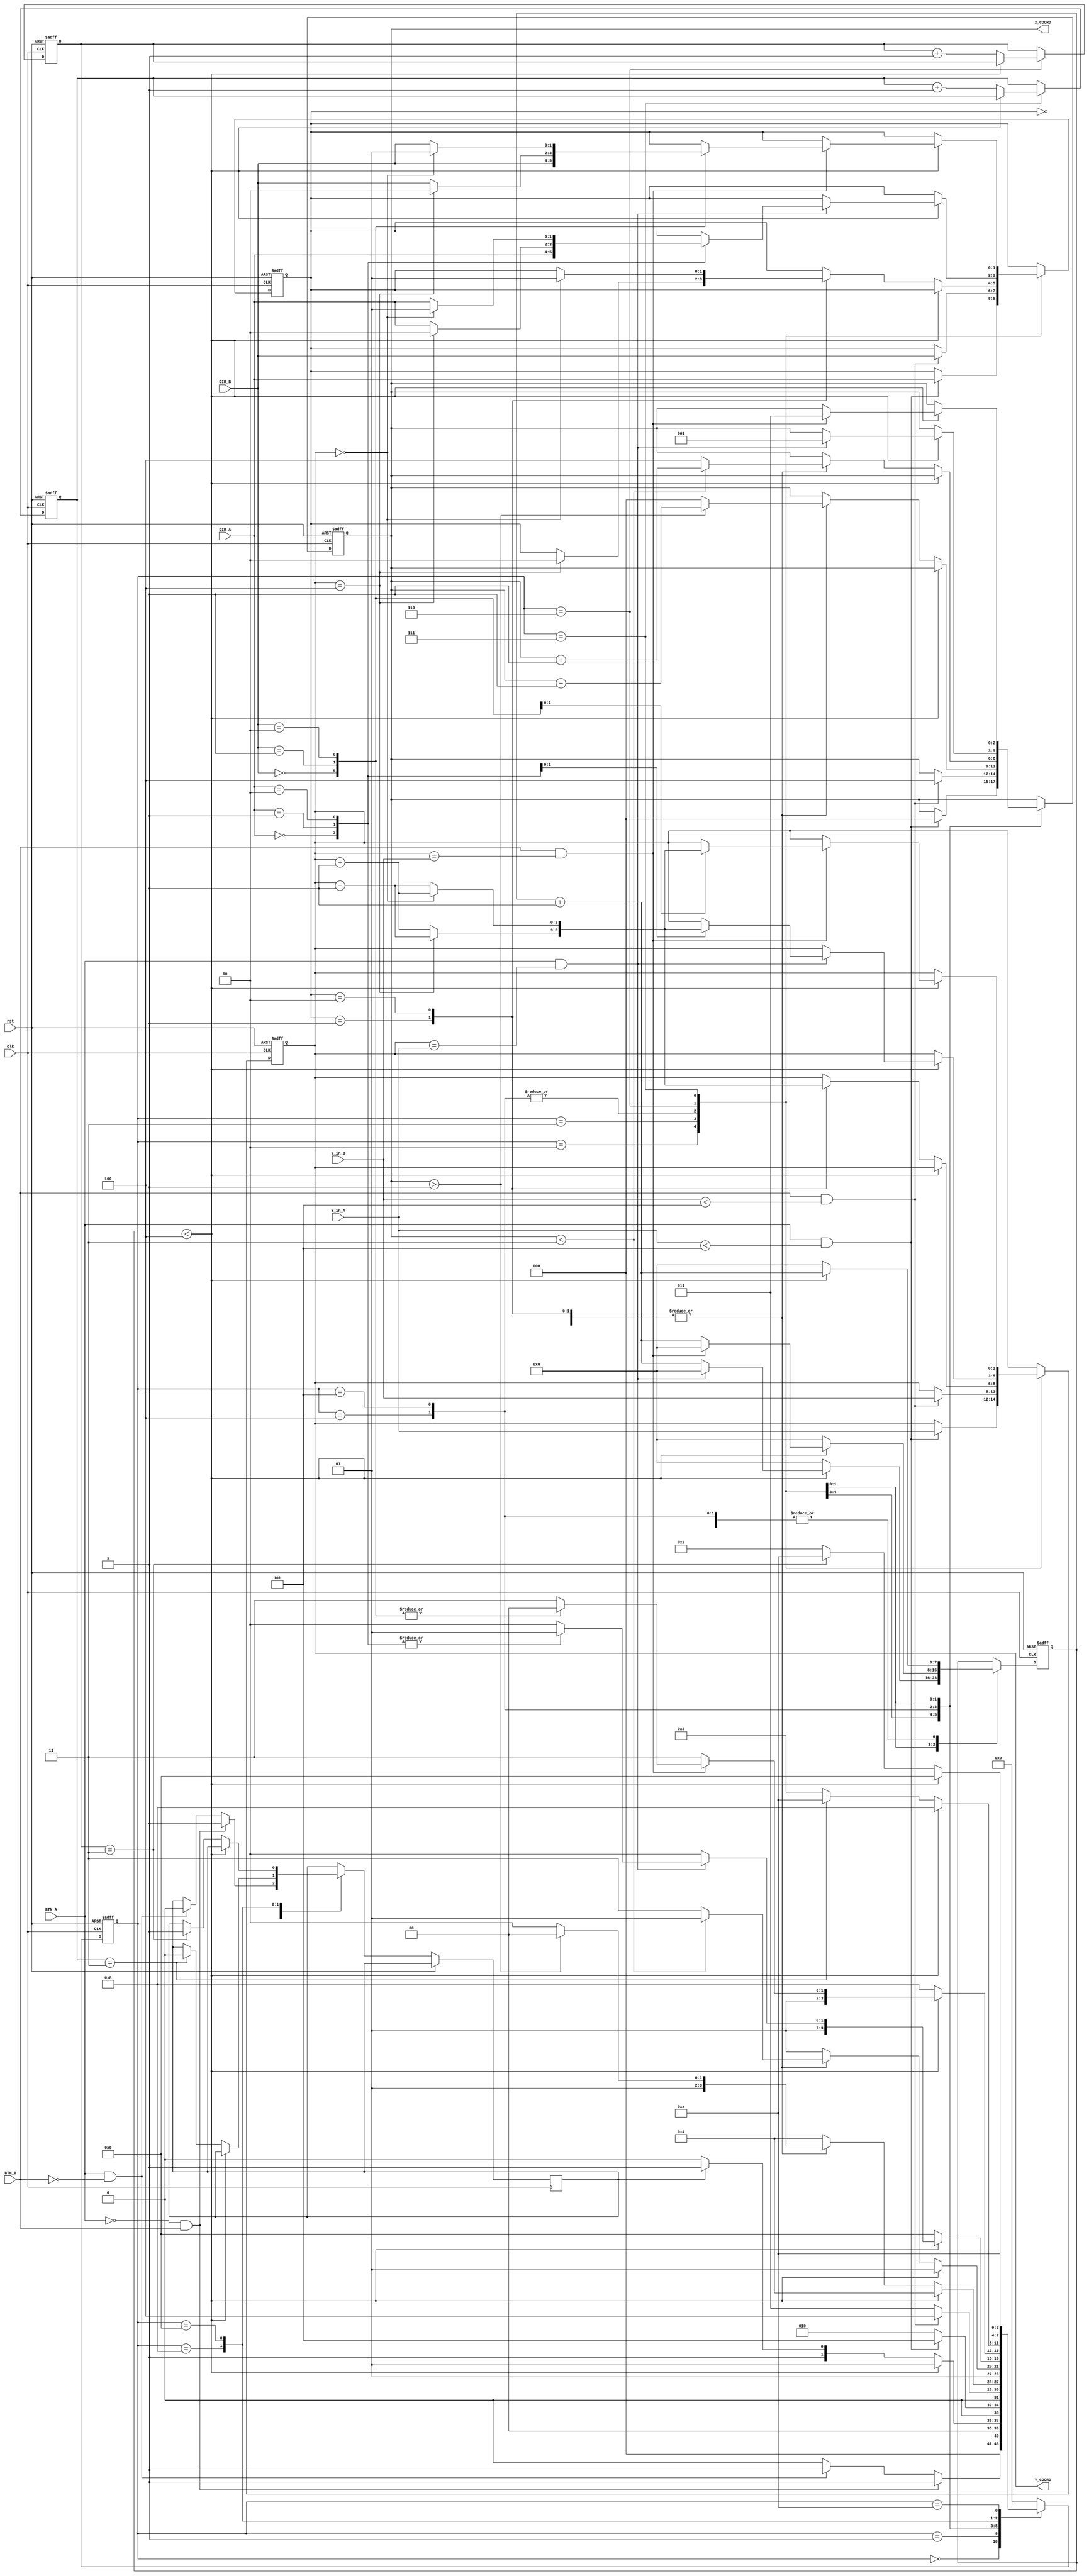
module hockey(

input clk,
input rst,

input BTN_A,
input BTN_B,

input [1:0] DIR_A,
input [1:0] DIR_B,

input [2:0] Y_in_A,
input [2:0] Y_in_B,

/*output reg LEDA,
output reg LEDB,
output reg [4:0] LEDX,

output reg [6:0] SSD7,
output reg [6:0] SSD6,
output reg [6:0] SSD5,
output reg [6:0] SSD4, 
output reg [6:0] SSD3,
output reg [6:0] SSD2,
output reg [6:0] SSD1,
output reg [6:0] SSD0   */

output reg [2:0] X_COORD,
output reg [2:0] Y_COORD


);

reg turn;
reg [7:0] timer;
reg [1:0] dirY;
reg [2:0] scoreA;
reg [2:0] scoreB;

reg [3:0] cState;

parameter [3:0] IDLE = 4'b0000;
parameter [3:0] DISP = 4'b0001;
parameter [3:0] HIT_A = 4'b0010;
parameter [3:0] HIT_B = 4'b0011;
parameter [3:0] SEND_A = 4'b0100;
parameter [3:0] SEND_B = 4'b0101;
parameter [3:0] RESP_A = 4'b0110;
parameter [3:0] RESP_B = 4'b0111;
parameter [3:0] GOAL_A = 4'b1000;
parameter [3:0] GOAL_B = 4'b1001;
parameter [3:0] GAME_OVER = 4'b1010;

parameter [2:0] TWO_SECS = 3'd4;

always @(posedge clk or posedge rst)
begin
    if (rst) begin
        timer <= 0;
        dirY <= 0;
        scoreA <= 0;
        scoreB <= 0;
        X_COORD <= 0;
        Y_COORD <= 0;
        cState <= IDLE;
    end
    else 
    begin
        case (cState)
            IDLE:
            begin
                if (BTN_A == 0 && BTN_B == 1) 
                begin
                    turn <= 1;
                    cState <= DISP;
                end
                else if (BTN_A == 1 && BTN_B == 0) 
                begin
                    turn <= 0;
                    cState <= DISP;
                end
                else 
                begin
                    cState <= IDLE;
                end
            end
            DISP:
            begin
                if (timer < TWO_SECS) 
                begin
                    timer <= timer + 1;
                    cState <= DISP;
                end
                else 
                begin
                    timer <= 0;
                    if (turn == 1) 
                    begin
                        cState <= HIT_B;
                    end
                    else 
                    begin
                        cState <= HIT_A;
                    end
                end
            end
            HIT_A:
            begin
                if (BTN_A && (Y_in_A < 5))
                begin
                    X_COORD <= 0;
                    Y_COORD <= Y_in_A;
                    dirY <= DIR_A;
                    cState <= SEND_B;
                end
                else
                begin
                    cState <= HIT_A;
                end
            end
            HIT_B:
            begin
                if (BTN_B && (Y_in_B < 5))
                begin
                    X_COORD <= 4;
                    Y_COORD <= Y_in_B;
                    dirY <= DIR_B;
                    cState <= SEND_A;
                end
                else
                begin
                    cState <= HIT_B;
                end
            end
            SEND_A:
            begin
                if (timer < TWO_SECS) 
                begin
                    timer <= timer + 1;
                    cState <= SEND_A;
                end
                else
                begin
                    timer <= 0;
                    case (dirY)
                    2'b00:
                        if (X_COORD > 1)
                        begin
                            X_COORD <= X_COORD - 1;
                            cState <= SEND_A;
                        end
                        else
                        begin
                            X_COORD <= 0;
                            cState <= RESP_A;
                        end
                    2'b01:
                    begin
                        if (Y_COORD == 4)
                        begin
                            dirY <= 2'b10;
                            Y_COORD <= Y_COORD - 1;
                            if (X_COORD > 1)
                            begin
                                X_COORD <= X_COORD - 1;
                                cState <= SEND_A;
                            end
                            else
                            begin
                                X_COORD <= 0;
                                cState <= RESP_A;
                            end
                        end
                        else 
                        begin
                            Y_COORD <= Y_COORD + 1;
                            if (X_COORD > 1)
                            begin
                                X_COORD <= X_COORD - 1;
                                cState <= SEND_A;
                            end
                            else
                            begin
                                X_COORD <= 0;
                                cState <= RESP_A;
                            end
                        end
                    end
                    2'b10:
                    begin
                        if (Y_COORD == 0)
                        begin
                            dirY <= 2'b01;
                            Y_COORD <= Y_COORD + 1;
                            if (X_COORD > 1)
                            begin
                                X_COORD <= X_COORD - 1;
                                cState <= SEND_A;
                            end
                            else
                            begin
                                X_COORD <= 0;
                                cState <= RESP_A;
                            end
                        end
                        else 
                        begin
                            Y_COORD <= Y_COORD - 1;
                            if (X_COORD > 1)
                            begin
                                X_COORD <= X_COORD - 1;
                                cState <= SEND_A;
                            end
                            else
                            begin
                                X_COORD <= 0;
                                cState <= RESP_A;
                            end
                        end
                    end
                    default:
                    begin
                        cState <= SEND_A;
                    end
                    endcase
                end
            end
            SEND_B:
            begin
                if (timer < TWO_SECS) 
                begin
                    timer <= timer + 1;
                    cState <= SEND_B;
                end
                else
                begin
                    timer <= 0;
                    case (dirY)
                    2'b00:
                        if (X_COORD < 3)
                        begin
                            X_COORD <= X_COORD + 1;
                            cState <= SEND_B;
                        end
                        else
                        begin
                            X_COORD <= 4;
                            cState <= RESP_B;
                        end
                    2'b01:
                    begin
                        if (Y_COORD == 4)
                        begin
                            dirY <= 2'b10;
                            Y_COORD <= Y_COORD - 1;
                            if (X_COORD < 3)
                            begin
                                X_COORD <= X_COORD + 1;
                                cState <= SEND_B;
                            end
                            else
                            begin
                                X_COORD <= 4;
                                cState <= RESP_B;
                            end
                        end
                        else 
                        begin
                            Y_COORD <= Y_COORD + 1;
                            if (X_COORD < 3)
                            begin
                                X_COORD <= X_COORD + 1;
                                cState <= SEND_B;
                            end
                            else
                            begin
                                X_COORD <= 4;
                                cState <= RESP_B;
                            end
                        end
                    end
                    2'b10:
                    begin
                        if (Y_COORD == 0)
                        begin
                            dirY <= 2'b01;
                            Y_COORD <= Y_COORD + 1;
                            if (X_COORD < 3)
                            begin
                                X_COORD <= X_COORD + 1;
                                cState <= SEND_B;
                            end
                            else
                            begin
                                X_COORD <= 4;
                                cState <= RESP_B;
                            end
                        end
                        else 
                        begin
                            Y_COORD <= Y_COORD - 1;
                            if (X_COORD < 3)
                            begin
                                X_COORD <= X_COORD + 1;
                                cState <= SEND_B;
                            end
                            else
                            begin
                                X_COORD <= 4;
                                cState <= RESP_B;
                            end
                        end
                    end
                    default:
                    begin
                        cState <= SEND_B;
                    end
                    endcase
                end
            end
            RESP_A:
            begin
                if (timer < TWO_SECS) 
                begin
                    if (BTN_A && (Y_COORD == Y_in_A))
                    begin
                        X_COORD <= 1;
                        timer <= 0;
                        case (DIR_A)
                            2'b00:
                            begin
                                dirY <= DIR_A;
                                cState <= SEND_B;
                            end
                            2'b01:
                            begin
                                if (Y_COORD == 4)
                                begin
                                    dirY <= 2'b10;
                                    Y_COORD <= Y_COORD - 1;
                                    cState <= SEND_B;
                                end
                                else
                                begin
                                    dirY <= DIR_A;
                                    Y_COORD <= Y_COORD + 1;
                                    cState <= SEND_B;
                                end
                            end
                            2'b10:
                            begin
                                if (Y_COORD == 0)
                                begin
                                    dirY <= 2'b01;
                                    Y_COORD <= Y_COORD + 1;
                                    cState <= SEND_B;
                                end
                                else
                                begin
                                    dirY <= DIR_A;
                                    Y_COORD <= Y_COORD - 1;
                                    cState <= SEND_B;
                                end
                            end
                            default:
                            begin
                                cState <= RESP_A;
                            end
                        endcase
                    end
                    else 
                    begin
                        timer <= timer + 1;
                        cState <= RESP_A;
                    end
                end
                else
                begin
                    timer <= 0;
                    scoreB <= scoreB + 1;
                    cState <= GOAL_B;
                end
            end
            RESP_B:
            begin
                if (timer < TWO_SECS) 
                begin
                    if (BTN_B && (Y_COORD == Y_in_B))
                    begin
                        X_COORD <= 3;
                        timer <= 0;
                        case (DIR_B)
                            2'b00:
                            begin
                                dirY <= DIR_B;
                                cState <= SEND_A;
                            end
                            2'b01:
                            begin
                                if (Y_COORD == 4)
                                begin
                                    dirY <= 2'b10;
                                    Y_COORD <= Y_COORD - 1;
                                    cState <= SEND_A;
                                end
                                else
                                begin
                                    dirY <= DIR_B;
                                    Y_COORD <= Y_COORD + 1;
                                    cState <= SEND_A;
                                end
                            end
                            2'b10:
                            begin
                                if (Y_COORD == 0)
                                begin
                                    dirY <= 2'b01;
                                    Y_COORD <= Y_COORD + 1;
                                    cState <= SEND_A;
                                end
                                else
                                begin
                                    dirY <= DIR_B;
                                    Y_COORD <= Y_COORD - 1;
                                    cState <= SEND_A;
                                end
                            end
                            default:
                            begin
                                cState <= RESP_B;
                            end
                        endcase
                    end
                    else 
                    begin
                        timer <= timer + 1;
                        cState <= RESP_B;
                    end
                end
                else
                begin
                    timer <= 0;
                    scoreA <= scoreA + 1;
                    cState <= GOAL_A;
                end
            end
            GOAL_A:
            begin
                if (timer < TWO_SECS) 
                begin
                    timer <= timer + 1;
                    cState <= GOAL_A;
                end
                else
                begin
                    timer <= 0;
                    if (scoreA == 3)
                    begin
                        turn <= 0;
                        cState <= GAME_OVER;
                    end
                    else
                    begin
                        cState <= HIT_B;
                    end
                end
            end
            GOAL_B:
            begin
                if (timer < TWO_SECS) 
                begin
                    timer <= timer + 1;
                    cState <= GOAL_B;
                end
                else
                begin
                    timer <= 0;
                    if (scoreB == 3)
                    begin
                        turn <= 1;
                        cState <= GAME_OVER;
                    end
                    else
                    begin
                        cState <= HIT_A;
                    end
                end
            end
            GAME_OVER:
            begin
                cState <= GAME_OVER;
            end
            default:
            begin
                cState <= IDLE;
            end
        endcase
    end
end

endmodule